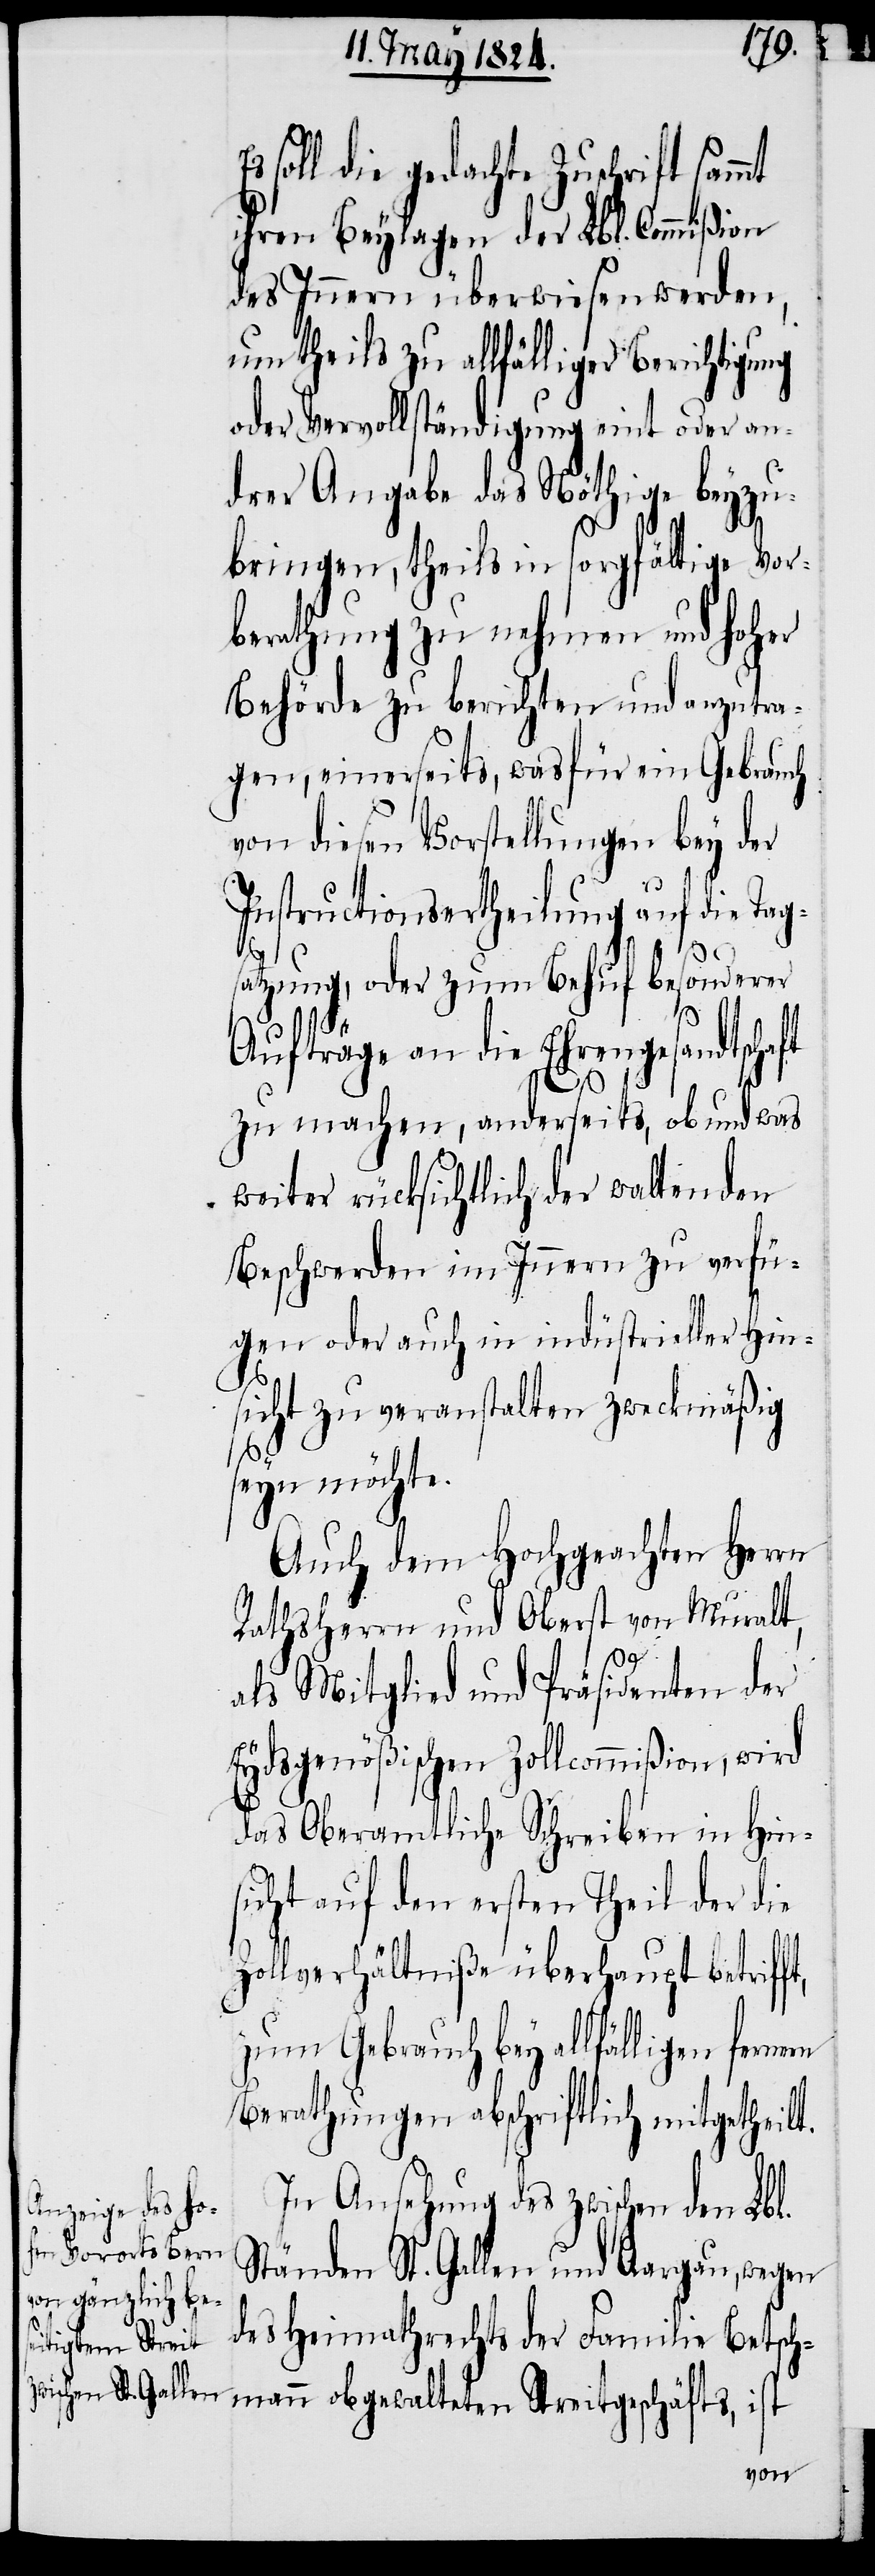
soll die gedachte Zuschrift sam¬
ihren Beylagen der Lbl. Commißion
des Innern überwiesen werden,
um theils zu allfälliger Berichtigung
oder Vervollständigung eint oder an¬
drer Angabe das Nöthige beyzu¬
bringen, theils in sorgfältige Vor¬
berathung zu nehmen und hoher
Behörde zu berichten und anzutra¬
gen, einerseits, was für ein Gebrauch
von diesen Vorstellungen bey der
Instructionsertheilung auf die Tag¬
t,
satzung, oder zum Behuf besonderer
mt
Aufträge an die Ehrengesandtschaft
zu machen, anderseits, ob und was
weiter rücksichtlich der waltenden
Beschwerden im Innern zu verfü¬
gen oder auch in industrieller Hin¬
sicht zu veranstalten zweckmäßig
seyn möchte.
Auch dem Hochgeachten Herrn
Rathsherrn und Oberst von Muralt,
als Mitglied und Präsidenten der
Eydsgenößischen Zollcommißion, wird
das Oberamtliche Schreiben in Hin¬
sicht auf den ersten Theil der die
Zollverhältniße überhaupt betriff¬
zum Gebrauch bey allfälligen fernern
Berathungen abschriftlich mitgetheilt.
In Ansehung des zwischen den Lbl.
Ständen St. Gallen und Aargau, wegen
des Heimathrechts der Familie Betsch¬
mann obgewalteten Streitgeschäfts, ist